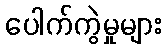
ပေါက်ကွဲမှုများ